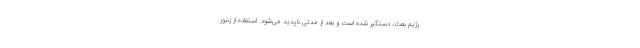
رژیم بعث، دستگیر شده است و بعد از مدتی ناپدید می‌شود. استفاده از زنبور